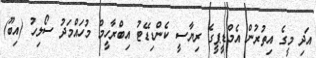
އަދި މީގެ އިތުރުން އެމްޑީޕީގެ ރިޔާސީ ކެންޑިޑޭޓު އިބްރާހީމް މުހައްމަދު ސޯލިހު (އިބޫ)